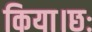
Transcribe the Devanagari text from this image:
किया।छः